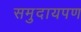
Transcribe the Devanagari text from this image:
समुदायपण